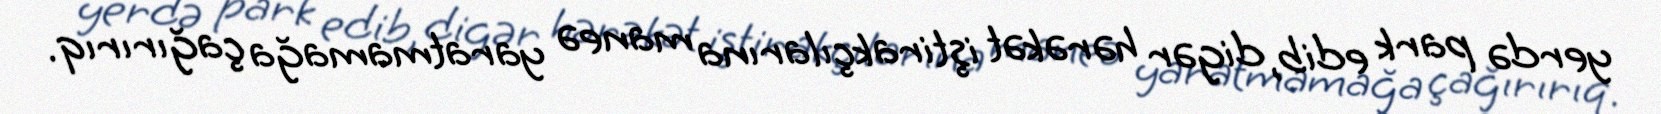
yerdə park edib, digər hərəkət iştirakçılarına maneə yaratmamağa çağırırıq.